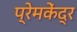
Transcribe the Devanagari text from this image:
प्रेमकेंद्र